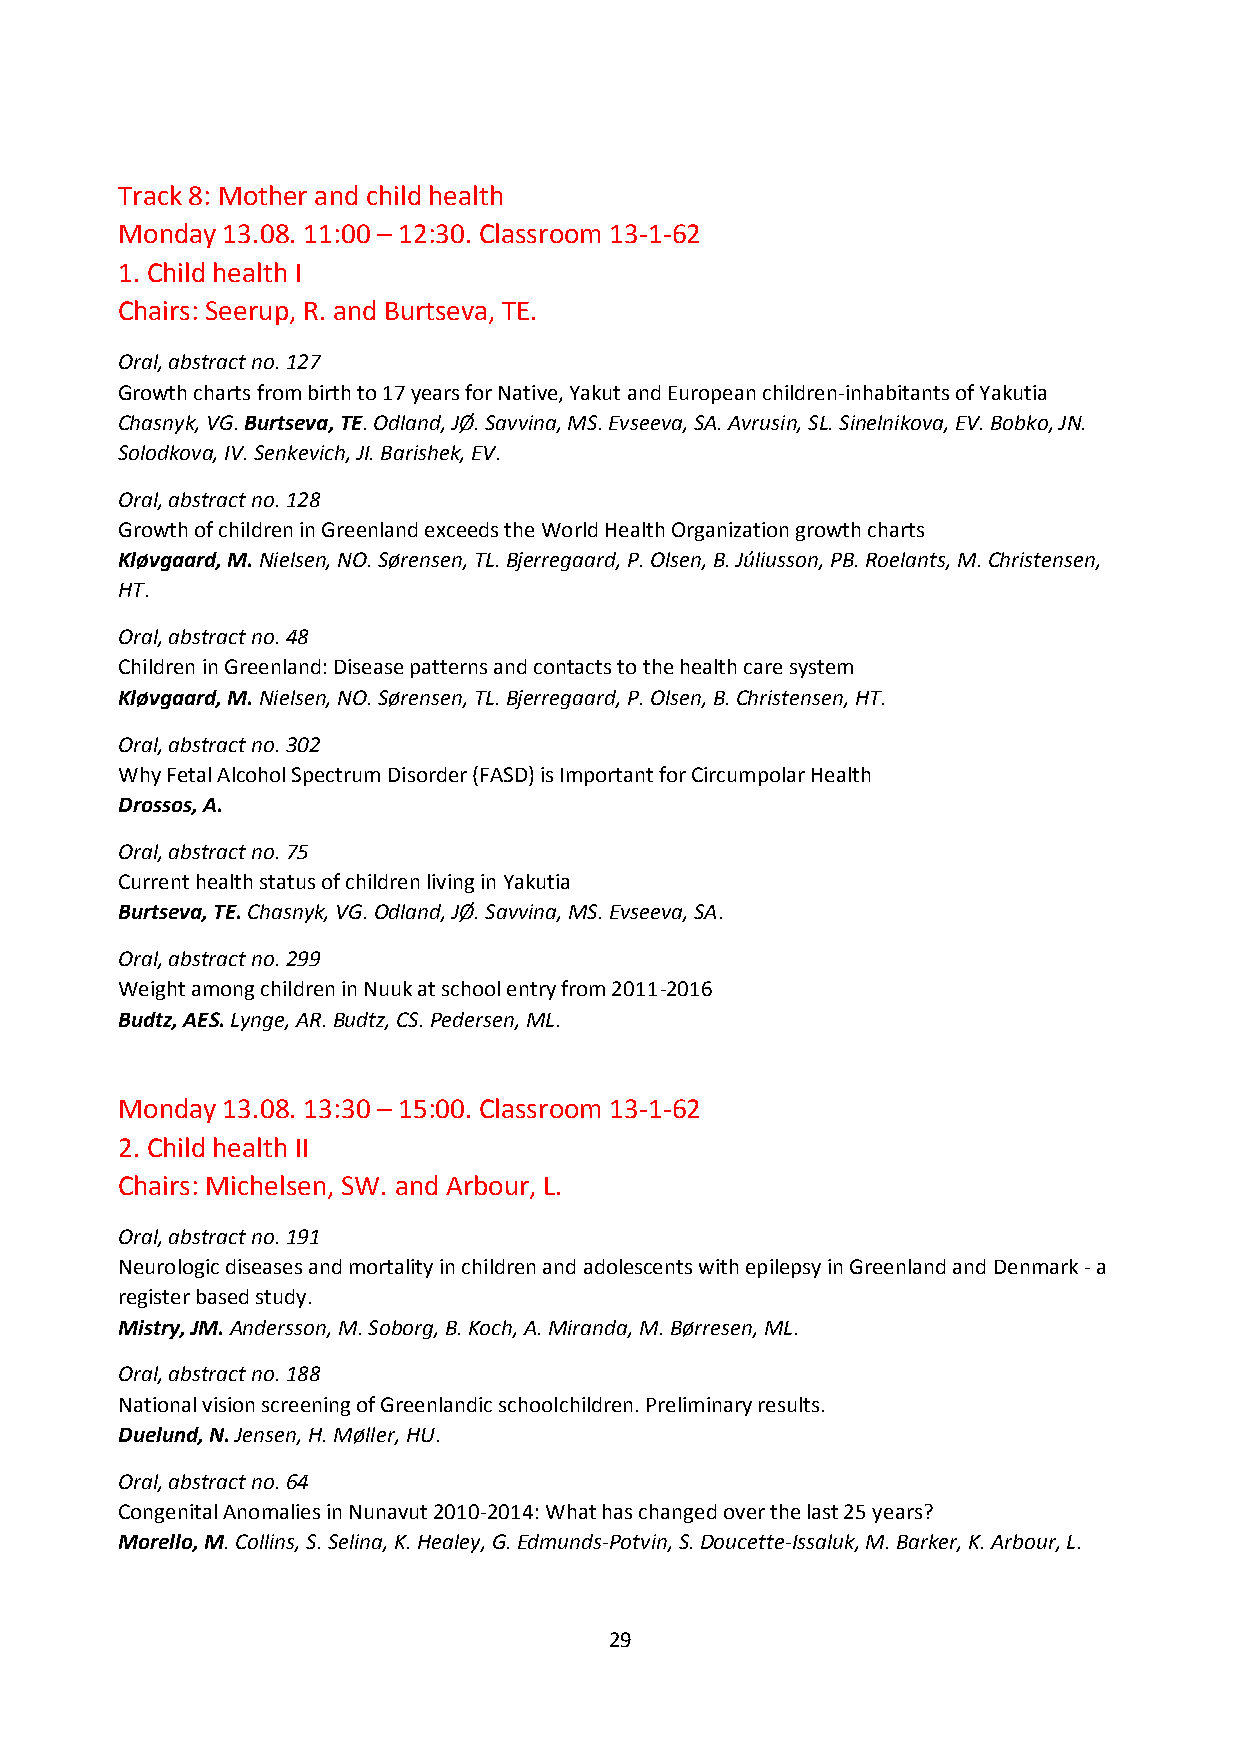
Track 8: Mother and child health
 Monday 13.08. 11:00 – 12:30. Classroom 13-1-62
 1. Child health I
 Chairs: Seerup, R. and Burtseva, TE.
 Oral, abstract no. 127
 Growth charts from birth to 17 years for Native, Yakut and European children-inhabitants of Yakutia
 Chasnyk, VG. Burtseva, TE. Odland, JØ. Savvina, MS. Evseeva, SA. Avrusin, SL. Sinelnikova, EV. Bobko, JN.
 Solodkova, IV. Senkevich, JI. Barishek, EV.
 Oral, abstract no. 128
 Growth of children in Greenland exceeds the World Health Organization growth charts
 Kløvgaard, M. Nielsen, NO. Sørensen, TL. Bjerregaard, P. Olsen, B. Júliusson, PB. Roelants, M. Christensen,
 HT.
 Oral, abstract no. 48
 Children in Greenland: Disease patterns and contacts to the health care system
 Kløvgaard, M. Nielsen, NO. Sørensen, TL. Bjerregaard, P. Olsen, B. Christensen, HT.
 Oral, abstract no. 302
 Why Fetal Alcohol Spectrum Disorder (FASD) is Important for Circumpolar Health
 Drossos, A.
 Oral, abstract no. 75
 Current health status of children living in Yakutia
 Burtseva, TE. Chasnyk, VG. Odland, JØ. Savvina, MS. Evseeva, SA.
 Oral, abstract no. 299
 Weight among children in Nuuk at school entry from 2011-2016
 Budtz, AES. Lynge, AR. Budtz, CS. Pedersen, ML.
 Monday 13.08. 13:30 – 15:00. Classroom 13-1-62
 2. Child health II
 Chairs: Michelsen, SW. and Arbour, L.
 Oral, abstract no. 191
 Neurologic diseases and mortality in children and adolescents with epilepsy in Greenland and Denmark - a
 register based study.
 Mistry, JM. Andersson, M. Soborg, B. Koch, A. Miranda, M. Børresen, ML.
 Oral, abstract no. 188
 National vision screening of Greenlandic schoolchildren. Preliminary results.
 Duelund, N. Jensen, H. Møller, HU.
 Oral, abstract no. 64
 Congenital Anomalies in Nunavut 2010-2014: What has changed over the last 25 years?
 Morello, M. Collins, S. Selina, K. Healey, G. Edmunds-Potvin, S. Doucette-Issaluk, M. Barker, K. Arbour, L.
 29